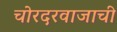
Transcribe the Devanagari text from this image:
चोरदरवाजाची